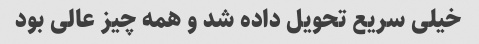
خیلی سریع تحویل داده شد و همه چیز عالی بود